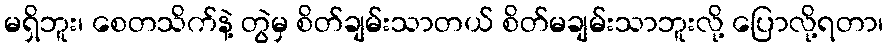
မရှိဘူး၊ စေတသိက်နဲ့ တွဲမှ စိတ်ချမ်းသာတယ် စိတ်မချမ်းသာဘူးလို့ ပြောလို့ရတာ၊